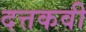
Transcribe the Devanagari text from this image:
दत्तकवी